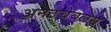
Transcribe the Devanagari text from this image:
अनटचेबलस